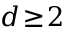
d \! \geq \! 2